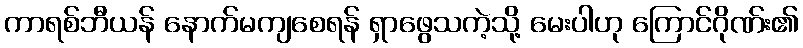
ကာရစ်ဘီယန် နောက်မကျစေရန် ရှာဖွေသကဲ့သို့ မေးပါဟု ကြောင်ဂိုဏ်း၏